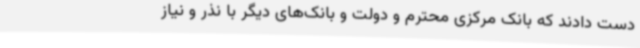
دست دادند که بانک مرکزی محترم و دولت و بانک‌های دیگر با نذر و نیاز